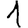
Digit: 1